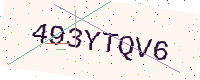
Text: 493YTQV6